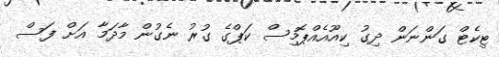
ޓިކެޓް ގަންނަން ދިގު ކިއޫއެއްޕޮމިސް ކަޕްގެ ގުރު ނެގުން މާދަމާ އަށް ފަސް